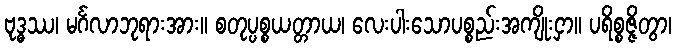
ဗုဒ္ဓဿ၊ မင်္ဂလာဘုရားအား။ စတုပ္ပစ္စယတ္တာယ၊ လေးပါးသောပစ္စည်းအကျိုးငှာ။ ပရိစ္စဇ္ဇိတွာ၊